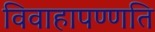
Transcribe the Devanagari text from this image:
विवाहापण्णति